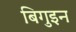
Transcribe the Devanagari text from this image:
बिगुइन